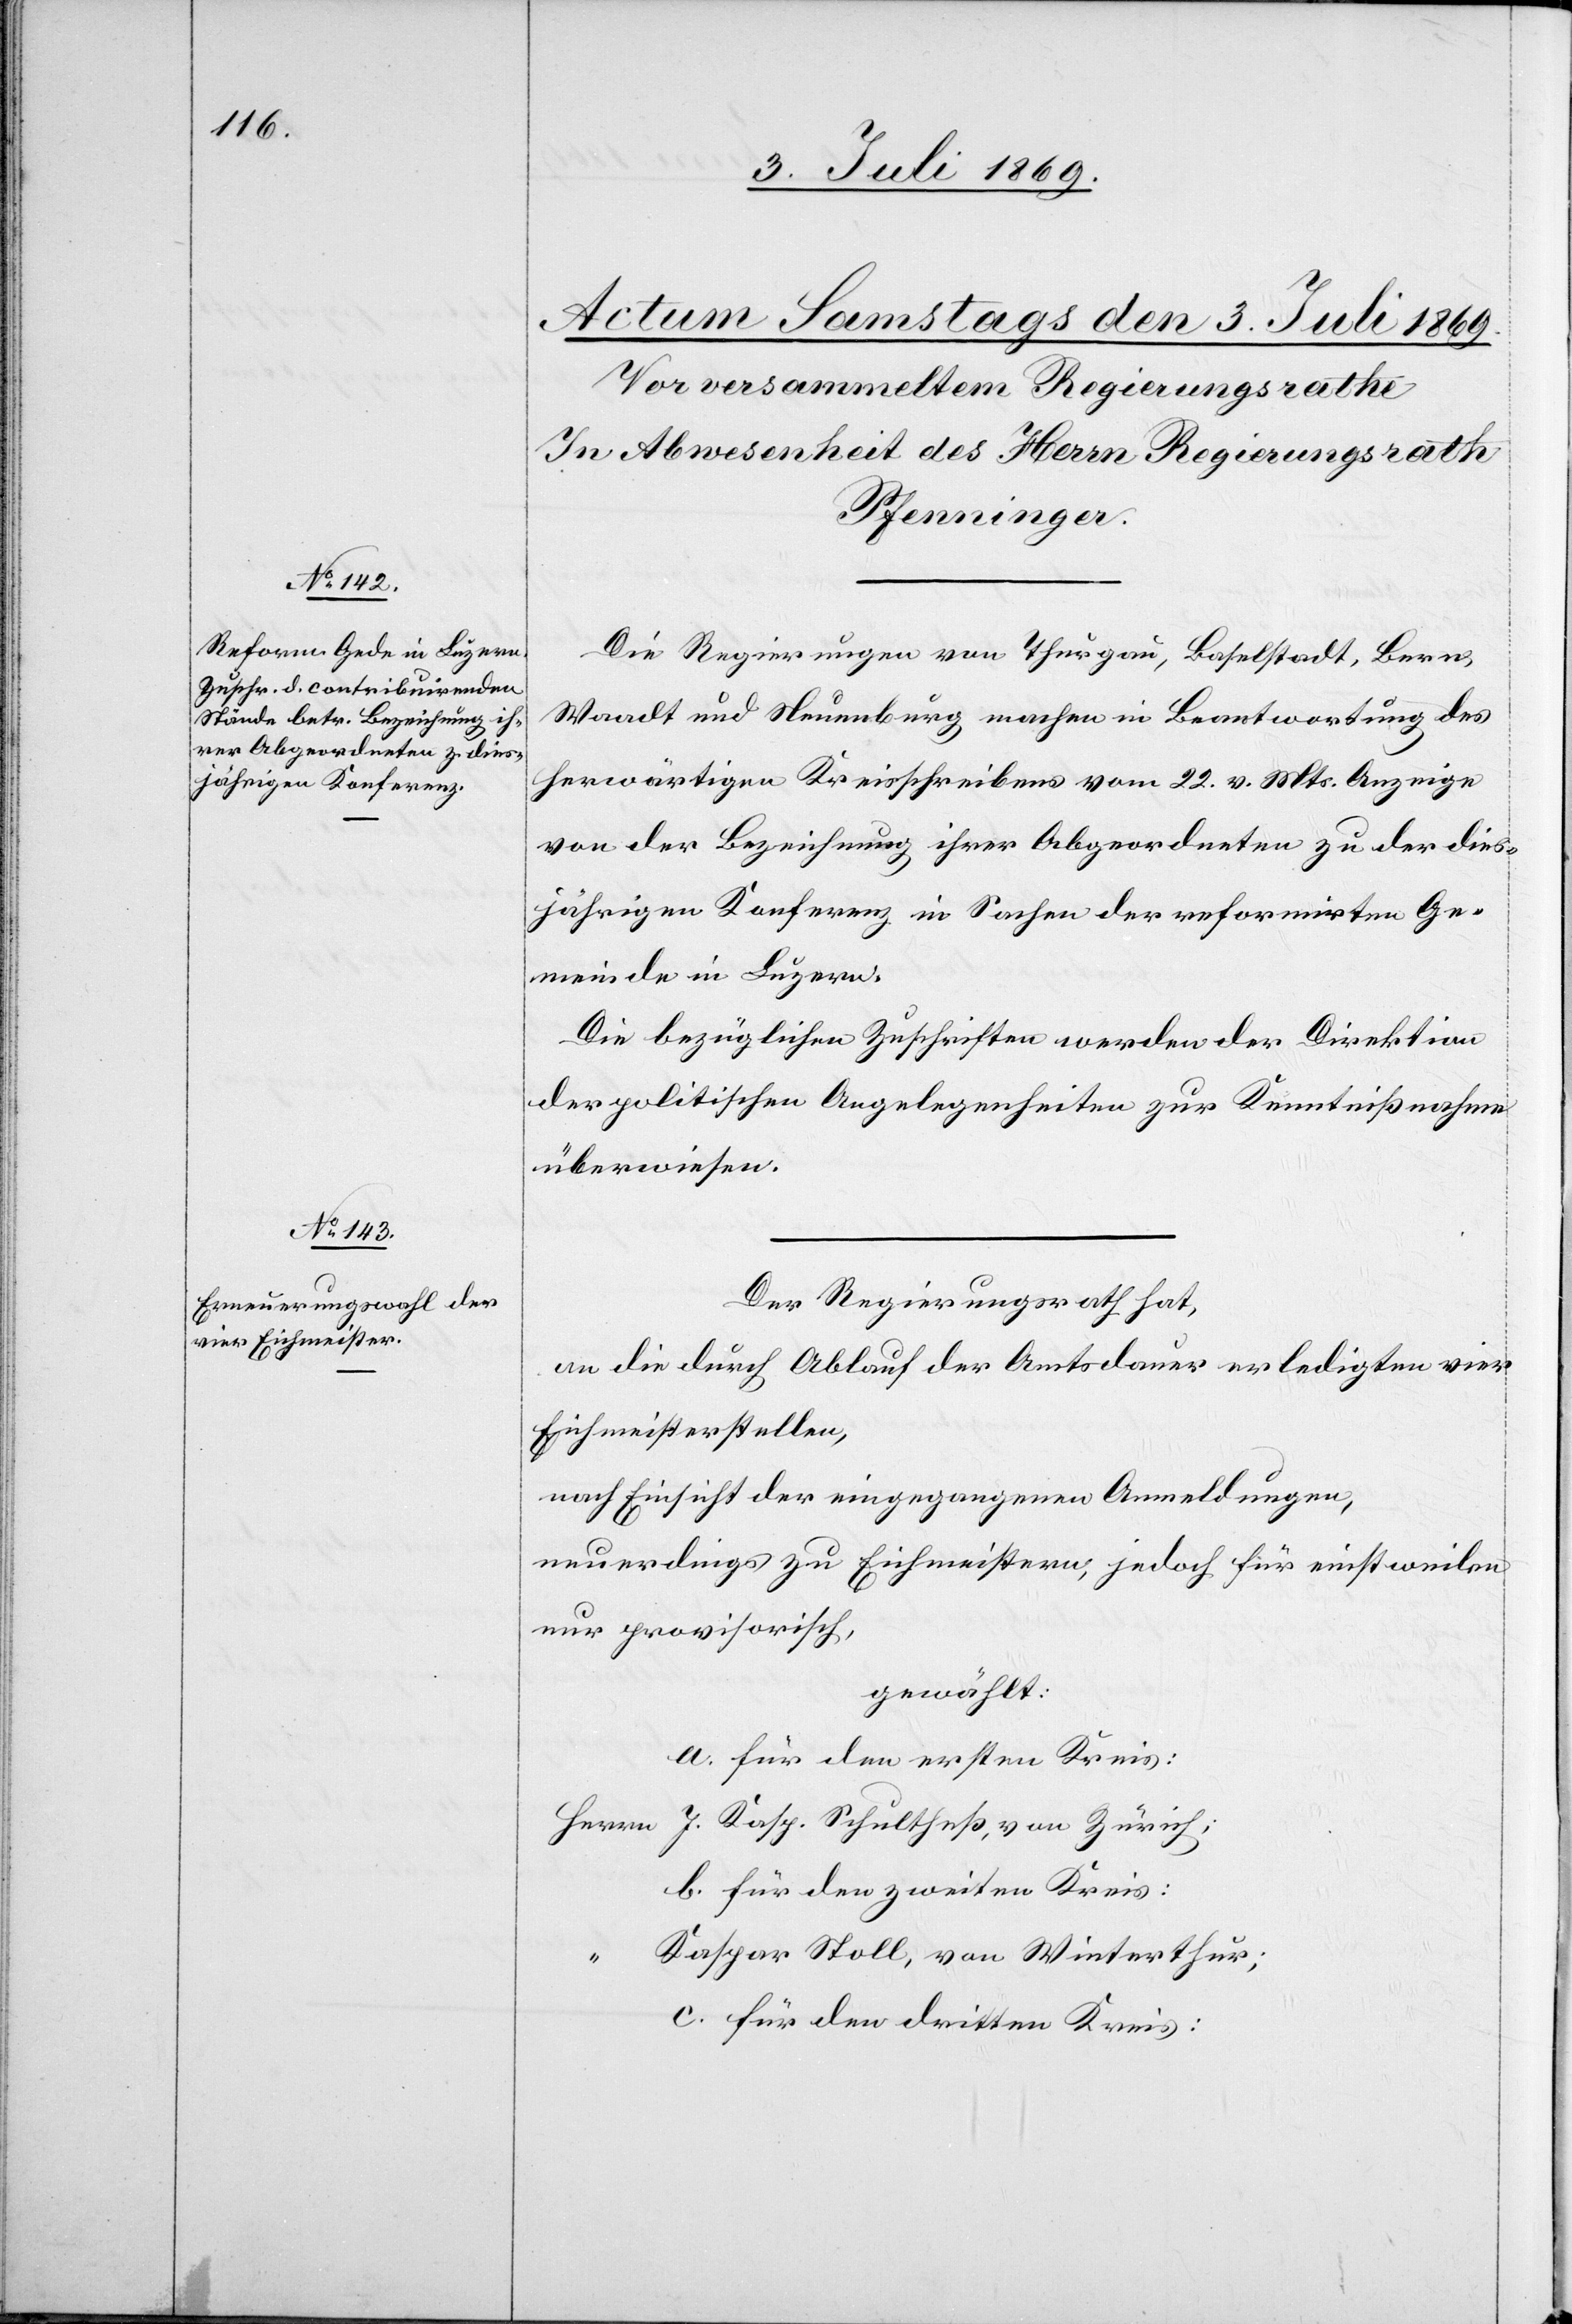
Die Regierungen von Thurgau, Baselstadt, Bern,
Waadt und Neuenburg machen in Beantwortung des
herwärtigen Kreisschreibens vom 22. v. Mts. Anzeige
von der Bezeichnung ihrer Abgeordneten zu der dies¬
jährigen Konferenz in Sachen der reformirten Ge¬
meinde in Luzern.
Die bezüglichen Zuschriften werden der Direktion
der politischen Angelegenheiten zur Kenntnißnahme
überwiesen.
Der Regierungsrath hat,
an die durch Ablauf der Amtsdauer erledigten vier
Eichmeisterstellen,
nach Einsicht der eingegangenen Anmeldungen,
neuerdings zu Eichmeistern, jedoch für einstweilen
nur provisorisch,
gewählt:
a. für den ersten Kreis:
Herrn J. Kasp. Schultheß, von Zürich;
b. für den zweiten Kreis:
Kaspar Stoll, von Winterthur;
c. für den dritten Kreis: